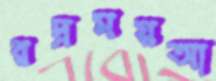
রদ্রময়আ